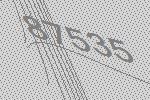
87535